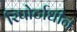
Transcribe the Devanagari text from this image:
रिपोर्टाधीन